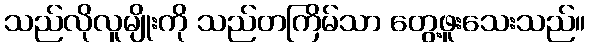
သည်လိုလူမျိုးကို သည်တကြိမ်သာ တွေ့ဖူးသေးသည်။